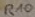
Text: R10